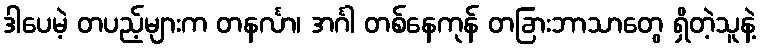
ဒါပေမဲ့ တပည့်များက တနင်္လာ၊ အင်္ဂါ တစ်နေကုန် တခြားဘာသာတွေ ရှိတဲ့သူနဲ့